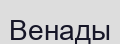
Венады